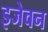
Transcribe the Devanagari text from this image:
इजेवन